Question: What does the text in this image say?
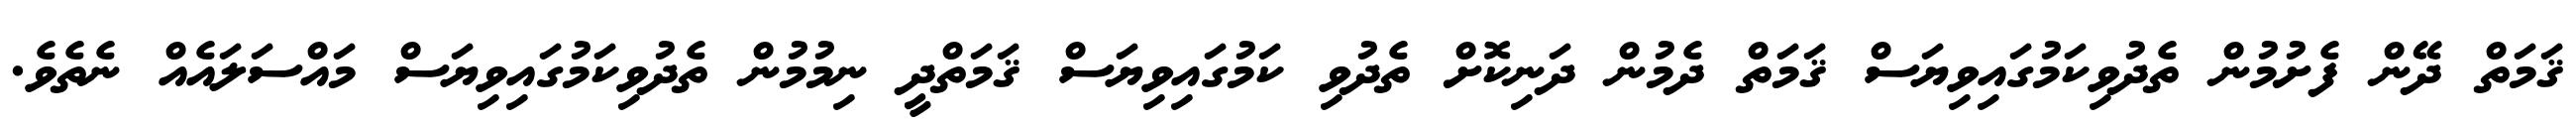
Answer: ޤަމަތް ދޭން ފެށުމުން ތެދުވިކަމުގައިވިޔަސް ޤަމަތް ދެމުން ދަނިކޮށް ތެދުވި ކަމުގައިވިޔަސް ޤަމަތްދީ ނިމުމުން ތެދުވިކަމުގައިވިޔަސް މައްސަލައެއް ނެތެވެ.